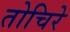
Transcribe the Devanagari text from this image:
तोचिरे